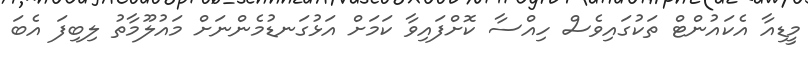
މީޑިއާ އެކައުންޓް ތަކުގައިވެސް ހިއްސާ ކޮށްފައިވާ ކަމަށް އަޅުގަނޑުމެންނަށް މައުލޫމާތު ލިބިފަ އެބަ